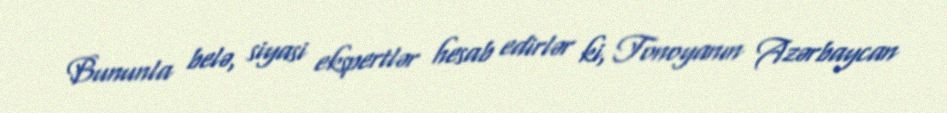
Bununla belə, siyasi ekspertlər hesab edirlər ki, Tonoyanın Azərbaycan